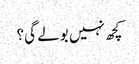
کچھ نہیں بولے گی؟